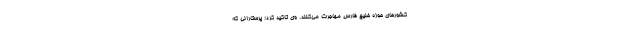
کشور‌های حوزه خلیج فارس مهاجرت می‌کنند. وی تاکید کرد: پرستارانی که